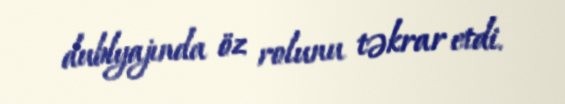
dublyajında öz rolunu təkrar etdi.